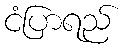
ငံပြာရည်